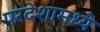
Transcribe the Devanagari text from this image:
परदेशामध्ये